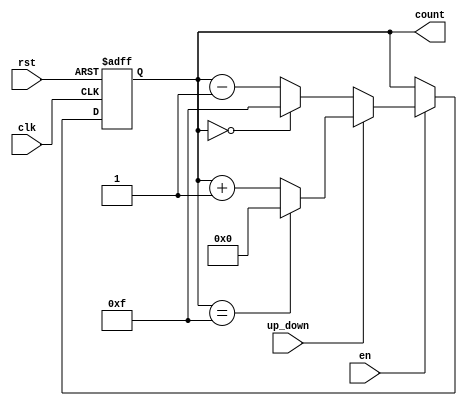
module UpDownCounter (
    input wire clk,          // Clock signal
    input wire rst,          // Asynchronous reset
    input wire en,           // Enable signal
    input wire up_down,      // Up/Down control signal
    output reg [N-1:0] count // Count output (N-bit wide)
);
    parameter N = 4; // Define the bit-width of the counter

    // Asynchronous reset and counting logic
    always @(posedge clk or posedge rst) begin
        if (rst) begin
            count <= 0; // Reset count to 0
        end else if (en) begin
            if (up_down) begin
                // Count up
                if (count == (2**N - 1)) begin
                    count <= 0; // Wrap around to 0
                end else begin
                    count <= count + 1; // Increment count
                end
            end else begin
                // Count down
                if (count == 0) begin
                    count <= (2**N - 1); // Wrap around to max value
                end else begin
                    count <= count - 1; // Decrement count
                end
            end
        end
    end
endmodule